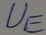
Text: UE